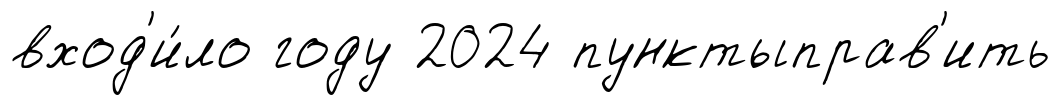
вход'и́ло году 2024 пунктыправ'ить